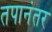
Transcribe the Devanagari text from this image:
तपानंतर